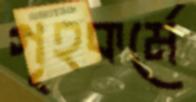
গৃহকর্মে